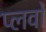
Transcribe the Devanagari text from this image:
प्लर्वों